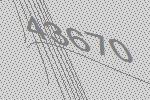
43670